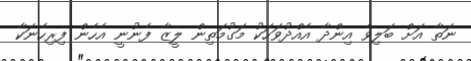
ނަތާ އަށް ބަލިވެ އިންދާ އެއްދުވަހަކު މަގުމަތިން ލީޒާ ފެނުނީ އެހެން ފިރިހެނަކާ